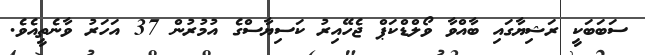
ސަބަބަކީ ރަޝިޔާގައި ބާއްވާ ވޯލްޑްކަޕް ޖެހޭއިރު ކަސިޔާސްގެ އުމުރުން 37 އަހަރު ވާނެތީއެވެ.